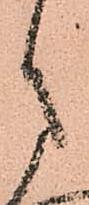
さ